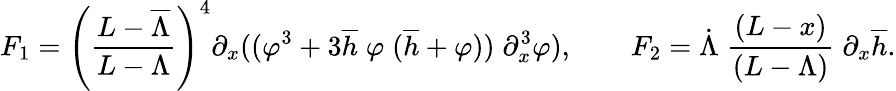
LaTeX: F_{1}=\left(\frac{L-\overline{{\Lambda}}}{L-\Lambda}\right)^{4}\partial_{x}((\varphi^{3}+3\overline{{h}}\; \varphi\; (\overline{{h}}+\varphi))\; \partial_{x}^{3}\varphi),\qquad F_{2}=\dot{\Lambda}\; \frac{(L-x)}{(L-\Lambda)}\; \partial_{x}\overline{{h}}.